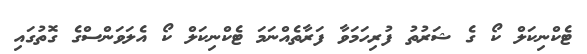
ޓެކްނިކަލް ކޯ ގެ ޝަރުތު ފުރިހަމަވާ ފަރާތެއްނަމަ ޓެކްނިކަލް ކޯ އެލަވަންސްގެ ގޮތުގައި